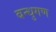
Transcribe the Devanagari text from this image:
बन्धुगण